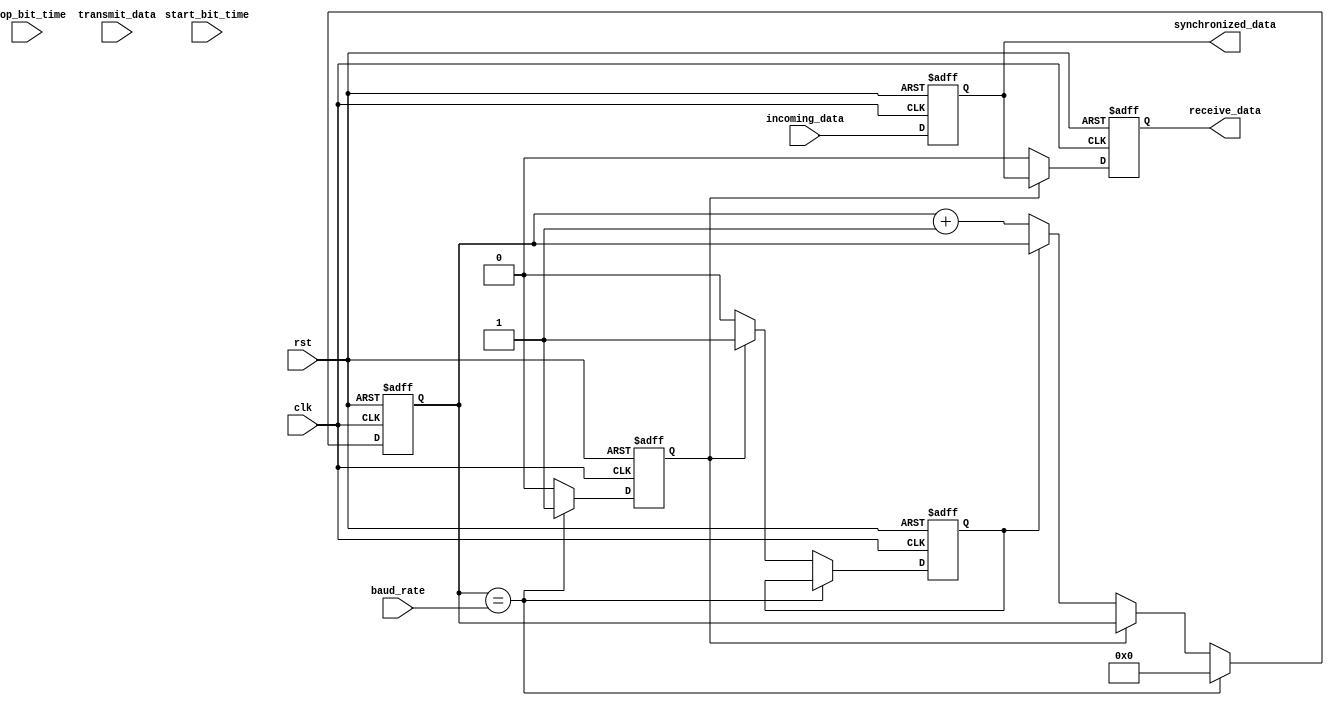
module uart_controller (
    input wire clk,
    input wire rst,
    
    // Timing control block
    input wire baud_rate,
    input wire start_bit_time,
    input wire stop_bit_time,
    
    // Synchronization block
    input wire incoming_data,
    output wire synchronized_data,
    
    // UART bus controller
    input wire transmit_data,
    output wire receive_data
);

// Timing control block implementation
reg [7:0] baud_counter;
reg start_bit_counter;
reg stop_bit_counter;

always @ (posedge clk or posedge rst) begin
    if (rst) begin
        baud_counter <= 8'b0;
        start_bit_counter <= 1'b0;
        stop_bit_counter <= 1'b0;
    end else begin
        if (baud_counter == baud_rate) begin
            baud_counter <= 8'b0;
            start_bit_counter <= 1'b1;
        end else if (start_bit_counter) begin
            start_bit_counter <= 1'b0;
            stop_bit_counter <= 1'b1;
        end else if (stop_bit_counter) begin
            stop_bit_counter <= 1'b0;
        end else begin
            baud_counter <= baud_counter + 1;
        end
    end
end

// Synchronization block implementation
always @ (posedge clk or posedge rst) begin
    if (rst) begin
        synchronized_data <= 1'b0;
    end else begin
        synchronized_data <= incoming_data;
    end
end

// UART bus controller implementation
always @ (posedge clk or posedge rst) begin
    if (rst) begin
        receive_data <= 1'b0;
    end else begin
        if (start_bit_counter) begin
            receive_data <= synchronized_data;
        end else begin
            receive_data <= 1'b0;
        end
        
        if (transmit_data) begin
            // Transmit data logic here
        end
    end
end

endmodule